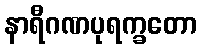
နာရီဂဏပုရက္ခတော